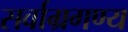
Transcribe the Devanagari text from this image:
सर्वाग्रगण्य